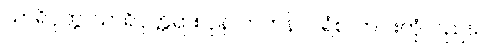
သာရိပုတ္တ၊ သာရိပုတ္တရာ။ ပုန၊ တဘန်။ ပရံစ၊ တပါးတုံလည်း။